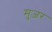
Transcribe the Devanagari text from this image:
मुज़र